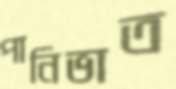
পানিভাত